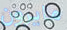
مايرون